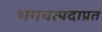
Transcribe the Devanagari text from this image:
भगवत्पदाप्रत